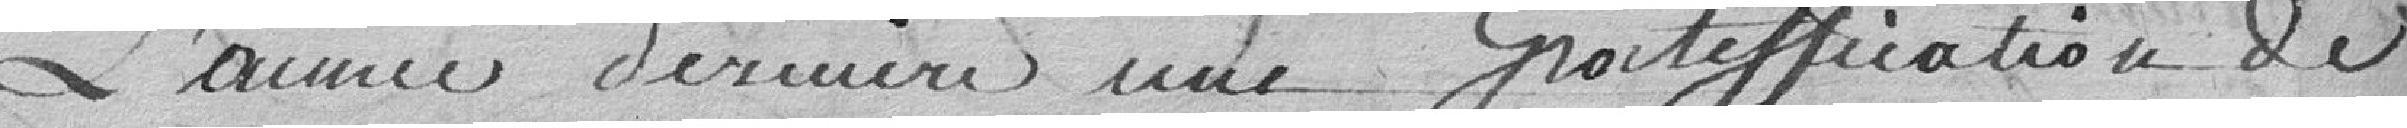
l'année dernière une gratification de